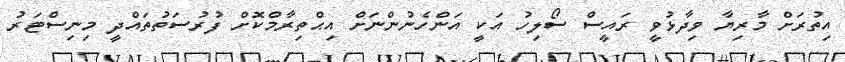
އިތުރަށް މާރިޔާ ވިދާޅުވީ ރައީސް ސޯލިހު އަކީ އަންހެނުންނަށް އިޙްތިރާމްކޮށް ފުރުސަތުތައްދީ މިނިސްޓަރު